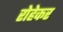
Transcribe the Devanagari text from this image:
रोहेकर